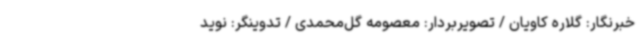
خبرنگار: گلاره کاویان / تصویربردار: معصومه گل‌محمدی / تدوینگر: نوید